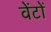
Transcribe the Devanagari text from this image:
वेंटों